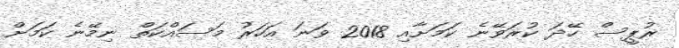
ރުޕީސް ހޭދަ ކުރަވޭނެ ކަމަށާއި 2018 ވަނަ އަހަރު މަސައްކަތް ނިމޭނެ ކަމަށް